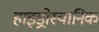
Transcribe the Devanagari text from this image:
हाइड्रोस्यानिक